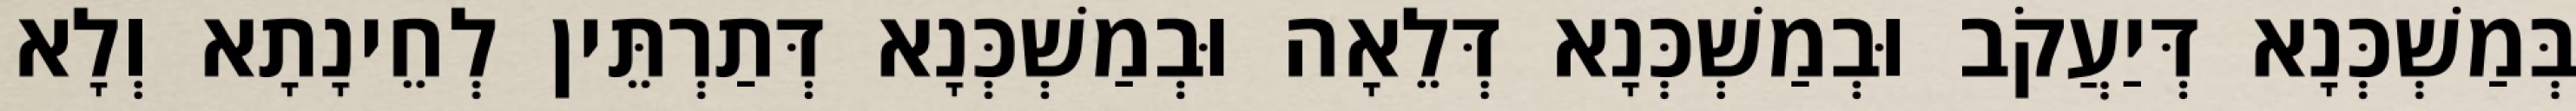
בְּמַשְׁכְּנָא דְּיַעֲקֹב וּבְמַשְׁכְּנָא דְּלֵאָה וּבְמַשְׁכְּנָא דְּתַרְתֵּין לְחֵינָתָא וְלָא